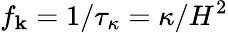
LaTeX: f_{\mathbf{k}}=1/\tau_{\kappa}=\kappa/H^{2}